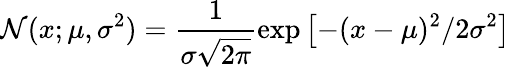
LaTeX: \mathcal{N}(x;\mu,\sigma^{2})=\frac{1}{\sigma\sqrt{2\pi}}\exp\left[-{(x-\mu)^{2}}/{2\sigma^{2}}\right]